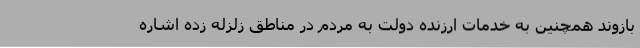
بازوند همچنین به خدمات ارزنده دولت به مردم در مناطق زلزله زده اشاره